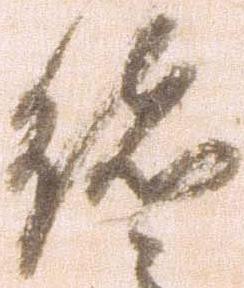
諸